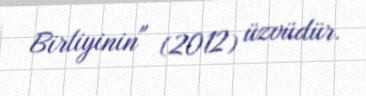
Birliyinin" (2012) üzvüdür.